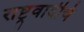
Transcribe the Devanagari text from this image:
राष्ट्रवादीचं